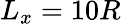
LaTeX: L_{x}=10R